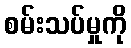
စမ်းသပ်မှုကို